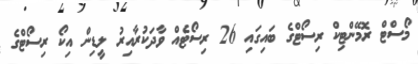
މޯސްޓް ރޮމޭންޓިކް ރިސޯޓްގެ ބައިގައި 26 ރިސޯޓެއް ވާދަކުރާއިރު ލީޑިން އިކޯ ރިސޯޓްގެ